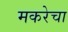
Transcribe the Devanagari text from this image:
मकरेचा